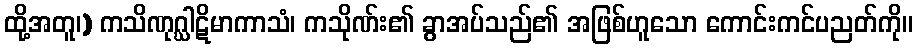
ထို့အတူ၊) ကသိဏုဂ္ဃါဋိမာကာသံ၊ ကသိုဏ်း၏ ခွာအပ်သည်၏ အဖြစ်ဟူသော ကောင်းကင်ပညတ်ကို။